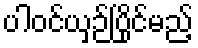
ပါဝင်ယှဉ်ပြိုင်မည့်